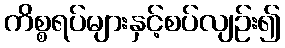
ကိစ္စရပ်များနှင့်စပ်လျဉ်း၍